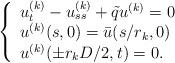
LaTeX: \begin{align*}\left\{\begin{array}{l}u^{(k)}_t-u^{(k)}_{ss}+\tilde qu^{(k)}=0\\u^{(k)}(s,0)=\bar u(s/r_k,0)\\u^{(k)}(\pm r_k D/2,t)=0.\end{array}\right.\end{align*}